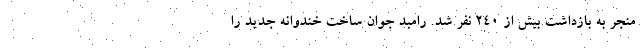
منجر به بازداشت بیش از ۲۴۰ نفر شد. رامبد جوان ساخت خندوانه جدید را